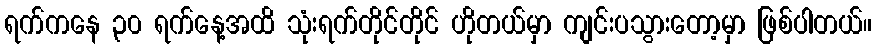
ရက်ကနေ ၃၀ ရက်နေ့အထိ သုံးရက်တိုင်တိုင် ဟိုတယ်မှာ ကျင်းပသွားတော့မှာ ဖြစ်ပါတယ်။